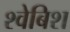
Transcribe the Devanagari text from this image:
श्वेबिश